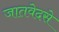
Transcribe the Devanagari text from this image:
जातवेदसे